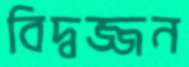
বিদ্বজ্জন